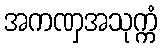
အကဏှအသုက္ကံ